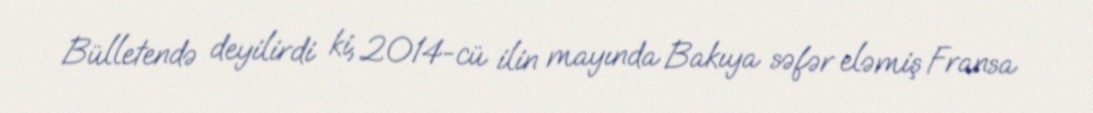
Bülletendə deyilirdi ki, 2014-cü ilin mayında Bakıya səfər eləmiş Fransa